Indian journal of veterinary science and animal husbandry - Volume 5,
Year: 1935
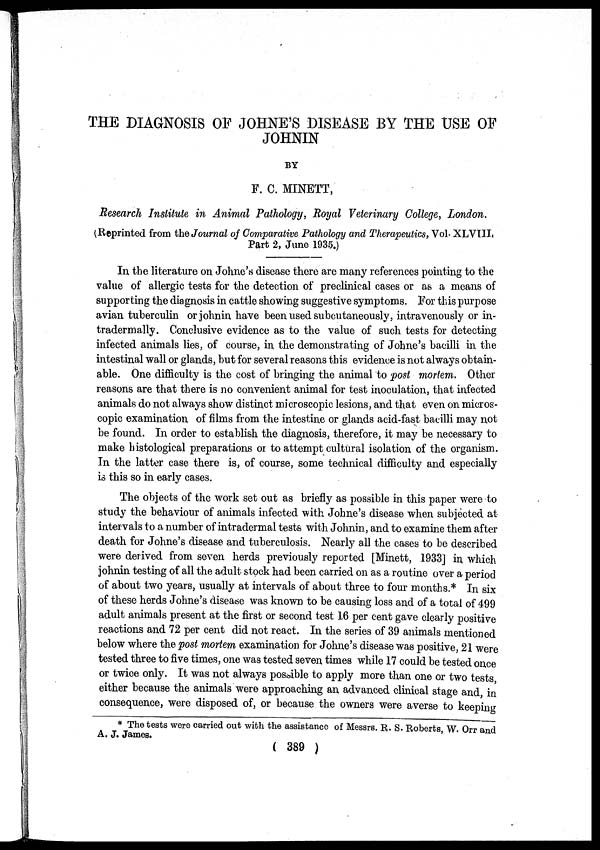
THE DIAGNOSIS OF JOHNE'S DISEASE BY THE USE OF
JOHNIN
BY
F. C. MINETT,
Research Institute in Animal Pathology, Royal Veterinary College, London.
(Reprinted from the Journal of Comparative Pathology and Therapeutics, Vol. XLVIII.
Part 2, June 1935.)
In the literature on Johne's disease there are many references pointing to the
value of allergic tests for the detection of preclinical cases or as a means of
supporting the diagnosis in cattle showing suggestive symptoms. For this purpose
avian tuberculin or johnin have been used subcutaneously, intravenously or in¬
tradermally. Conclusive evidence as to the value of such tests for detecting
infected animals lies, of course, in the demonstrating of Johne's bacilli in the
intestinal wall or glands, but for several reasons this evidence is not always obtain-
able. One difficulty is the cost of bringing the animal to post mortem. Other
reasons are that there is no convenient animal for test inoculation, that infected
animals do not always show distinct microscopic lesions, and that even on micros-
copic examination of films from the intestine or glands acid-fast bacilli may not
be found. In order to establish the diagnosis, therefore, it may be necessary to
make histological preparations or to attempt cultural isolation of the organism.
In the latter case there is, of course, some technical difficulty and especially
is this so in early cases.
The objects of the work set out as briefly as possible in this paper were to
study the behaviour of animals infected with Johne's disease when subjected at
intervals to a number of intradermal tests with Johnin, and to examine them after
death for Johne's disease and tuberculosis. Nearly all the cases to be described
were derived from seven herds previously reported [Minett, 1933] in which
johnin testing of all the adult stock had been carried on as a routine over a period
of about two years, usually at intervals of about three to four months.* In six
of these herds Johne's disease was known to be causing loss and of a total of 499
adult animals present at the first or second test 16 per cent gave clearly positive
reactions and 72 per cent did not react. In the series of 39 animals mentioned
below where the post mortem examination for Johne's disease was positive, 21 were
tested three to five times, one was tested seven times while 17 could be tested once
or twice only. It was not always possible to apply more than one or two tests,
either because the animals were approaching an advanced clinical stage and, in
consequence, were disposed of, or because the owners were averse to keeping
* The tests were carried out with the assistance of Messrs. R. S. Roberts, W. Orr and
A. J. James.
( 389 )